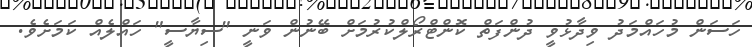
ހަސަން މުހައްމަދު ވިދާޅުވީ ދުންފަތް ކޮންޓްރޯލްކުރުމަށް ބޭނުން ވަނީ "ސިޔާސީ" ހައްލެއް ކަމަށެވެ.